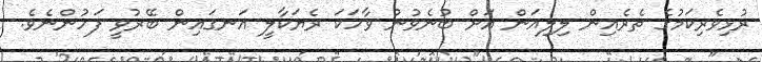
ރުޅިވެރިކަމުގެ ތެރެއިން ލިލިއަން އަށް ބުނެވުނު ވާހަކަ ރެޔަކާލީ އަނގައިން ބޭރުވީ ފަހުންނެވެ.